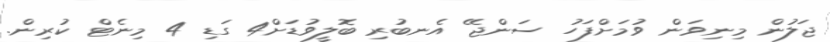
ޖަލުން މިނިވަން ވުމަށްފަހު ސަންޖޭ އެނބުރި ބޮލީވުޑަށް4 ގަޑި 4 މިނެޓް ކުރިން.